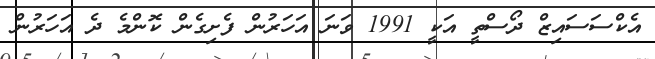
އެކްސަސައިޒް ދޯސްތީ އަކީ 1991 ވަނަ އަހަރުން ފެށިގެން ކޮންމެ ދެ އަހަރުން